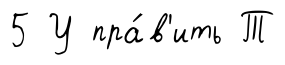
5 У пра́в'ить Т